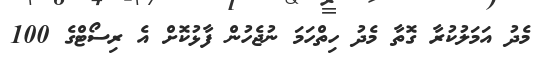
މެދު އަމަލުކުރާ ގޮތާ މެދު ހިތްހަމަ ނުޖެހުން ފާޅުކޮށް އެ ރިސޯޓްގެ 100